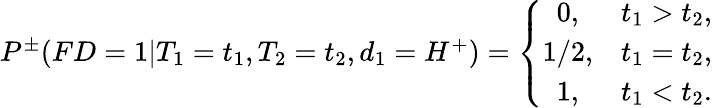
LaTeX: \begin{array}{r}{P^{\pm}(FD=1|T_{1}=t_{1},T_{2}=t_{2},d_{1}=H^{+})=\left\{ \begin{array}{cc}{0,}&{t_{1}>t_{2},}\\ {1/2,}&{t_{1}=t_{2},}\\ {1,}&{t_{1}<t_{2}.}\end{array}\right.}\end{array}